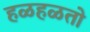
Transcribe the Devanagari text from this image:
हळहळतो